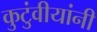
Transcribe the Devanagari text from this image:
कुटुंवीयांनी